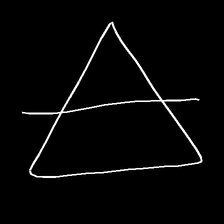
Glyph: empower